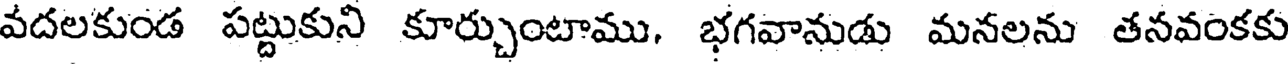
వదలకుండ పట్టుకుని కూర్చుంటాము, భగవానుడు మనలను తనవంకకు